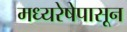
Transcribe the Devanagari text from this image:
मध्यरेषेपासून